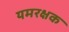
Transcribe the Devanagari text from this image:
यमरक्षक